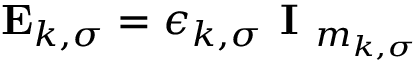
\mathbf { E } _ { k , \sigma } = \epsilon _ { k , \sigma } \textbf { I } _ { m _ { k , \sigma } }